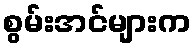
စွမ်းအင်များက